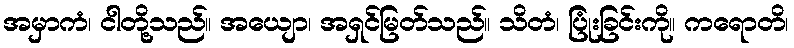
အမှာကံ၊ ငါတို့သည်။ အယျော၊ အရှင်မြတ်သည်။ သိတံ၊ ပြုံးခြင်းကို။ ကရောတိ၊